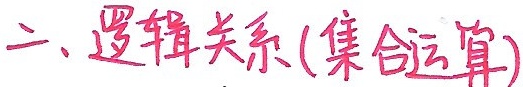
二、逻辑关系(集合运算)